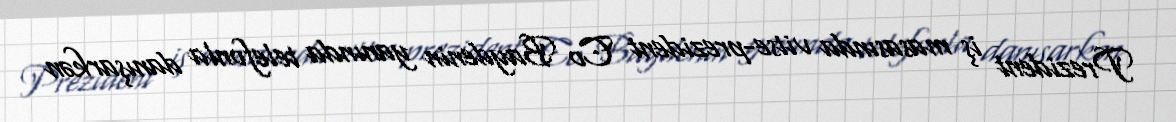
Prezident iş masasında vitse-prezident Co Baydenin yanında telefonla danışarkən